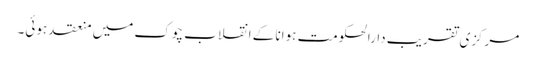
مرکزی تقریب دارالحکومت ہوانا کے انقلاب چوک میں منعقد ہوئی۔